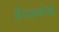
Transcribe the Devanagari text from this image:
अँपलफोर्थ